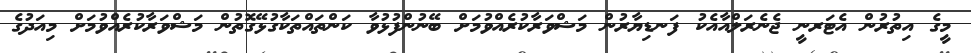
މީގެ އިތުރުން އެޓަރނީ ޖެނެރަލްއާއެކު ފަނޑިޔާރުން މަޝްވަރާކުރެއްވުމަށް ބޭނުންފުޅުވާ ކަންތައްތަކާގުޅޭގޮތުން މަޝްވަރާކުރެއްވުމަށް މިއަދުގެ